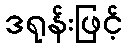
ဒရုန်းဖြင့်